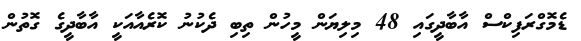
ޑެމޮގްރަފިކްސް އާބާދީގައި 48 މިލިޔަން މީހުން ތިބި ދެކުނު ކޮރެއާއަކީ އާބާދީގެ ގޮތުން